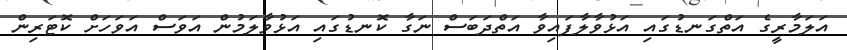
އަލަމާރީގެ އަތްގަނޑުގައި އަޅުވާލާފައިވާ އަތްދަބަސް ނަގާ ކޮނޑުގައި އަޅުވާލަމުން އަވަސް އަވަހަށް ކޮޓަރިން